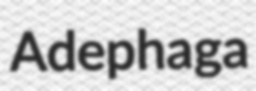
Adephaga